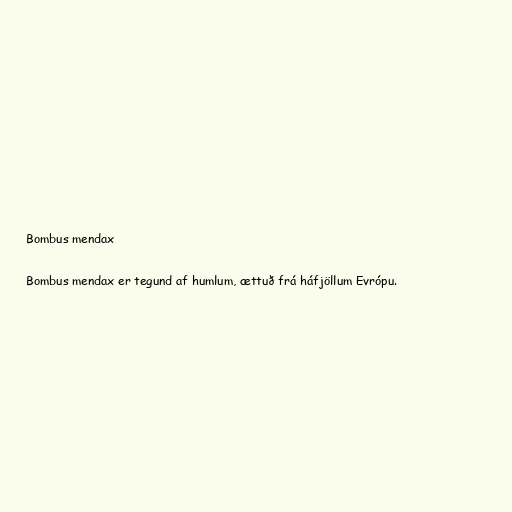
Bombus mendax

Bombus mendax er tegund af humlum, ættuð frá háfjöllum Evrópu.